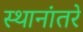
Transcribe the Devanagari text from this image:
स्थानांतरे